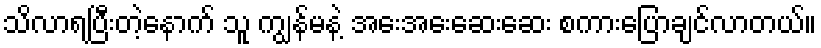
သိလာရပြီးတဲ့နောက် သူ ကျွန်မနဲ့ အေးအေးဆေးဆေး စကားပြောချင်လာတယ်။